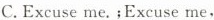
C.Excuse me.;Excuse me,